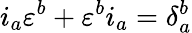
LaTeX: i_{a}\varepsilon^{b}+\varepsilon^{b}i_{a}=\delta_{a}^{b}